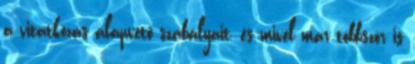
a vitatkozás alapvető szabályait, és mivel már többször is